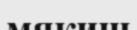
мякиш